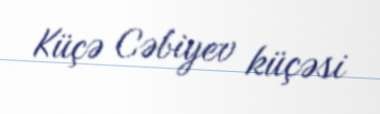
Küçə Cəbiyev küçəsi